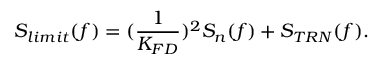
S _ { l i m i t } ( f ) = ( \frac { 1 } { K _ { F D } } ) ^ { 2 } S _ { n } ( f ) + S _ { T R N } ( f ) .